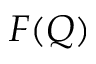
F ( Q )